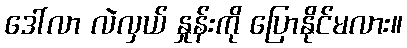
ဒေါ်လာ လဲလှယ် နှုန်းကို ပြောနိုင်မလား။